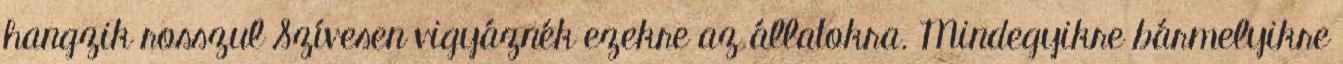
hangzik rosszul Szívesen vigyáznék ezekre az állatokra. Mindegyikre bármelyikre